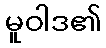
မူဝါဒ၏